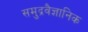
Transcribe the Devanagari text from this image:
समुद्रवैज्ञानिक